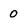
Character: 0